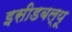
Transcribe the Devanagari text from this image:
इसीडबल्यू